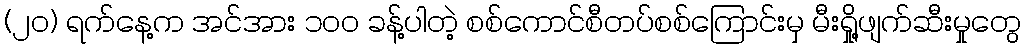
(၂၀) ရက်နေ့က အင်အား ၁၀၀ ခန့်ပါတဲ့ စစ်ကောင်စီတပ်စစ်ကြောင်းမှ မီးရှို့ဖျက်ဆီးမှုတွေ